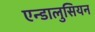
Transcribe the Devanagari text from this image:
एन्डालुसियन